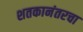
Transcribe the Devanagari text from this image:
शतकानंतरचा